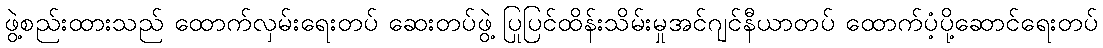
ဖွဲ့စည်းထားသည် ထောက်လှမ်းရေးတပ် ဆေးတပ်ဖွဲ့ ပြုပြင်ထိန်းသိမ်းမှုအင်ဂျင်နီယာတပ် ထောက်ပံ့ပို့ဆောင်ရေးတပ်